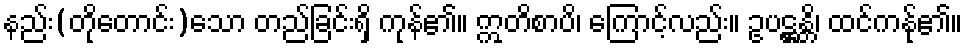
နည်း(တိုတောင်း)သော တည်ခြင်းရှိ ကုန်၏။ ဣတိစာပိ၊ ကြောင့်လည်း။ ဥပဋ္ဌန္တိ၊ ထင်ကနု်၏။